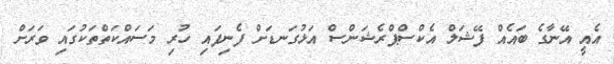
އެއީ އޭނާގެ ބައެއް ފޭޝަލް އެކްސްޕްރެޝަންސް އަޅުގަނޑަށް ފެނިފައި ހުރި މަސައްކަތްތަކުގައި ވަރަށް